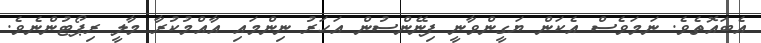
އެބައޮތެވެ. ނަމަވެސް އެކަން ޔަގީންވާނީ ފިނޭންސުން އަހަރު ނިންމައި އާއްމުކުރާ މާލީ ރިޕޯޓުންނެވެ.